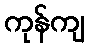
ကုန်ကျ